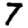
Digit: 7